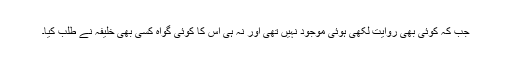
جب کہ کوئی بھی روایت لکھی ہوئی موجود نہیں تھی اور نہ ہی اس کا کوئی گواہ کسی بھی خلیفہ نے طلب کیا۔